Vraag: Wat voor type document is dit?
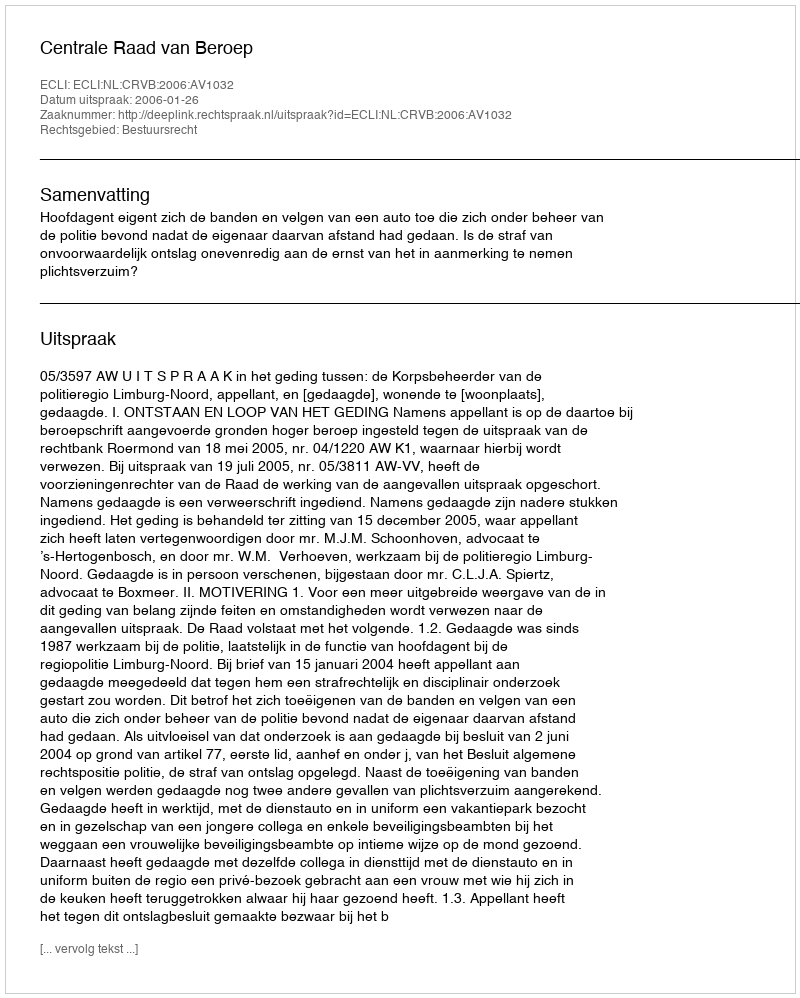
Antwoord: Uitspraak